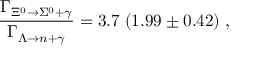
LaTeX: \frac { \Gamma _ { \Xi ^ { 0 } \rightarrow \Sigma ^ { 0 } + \gamma } } { \Gamma _ { \Lambda \rightarrow n + \gamma } } = 3 . 7 \; ( 1 . 9 9 \pm 0 . 4 2 ) \; ,